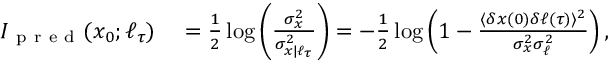
\begin{array} { r l } { I _ { \mathrm { ~ p ~ r ~ e ~ d ~ } } ( x _ { 0 } ; \ell _ { \tau } ) } & { { } = \frac { 1 } { 2 } \log \left( \frac { \sigma _ { x } ^ { 2 } } { \sigma _ { x | \ell _ { \tau } } ^ { 2 } } \right) = - \frac { 1 } { 2 } \log \left( 1 - \frac { \langle \delta x ( 0 ) \delta \ell ( \tau ) \rangle ^ { 2 } } { \sigma _ { x } ^ { 2 } \sigma _ { \ell } ^ { 2 } } \right) , } \end{array}